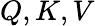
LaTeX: Q,K,V